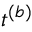
t ^ { ( b ) }